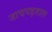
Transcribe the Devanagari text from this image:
जाचपड़ताल